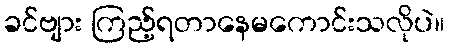
ခင်ဗျား ကြည့်ရတာနေမကောင်းသလိုပဲ။